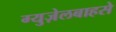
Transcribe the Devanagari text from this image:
ग्युज़ेलबाहसे